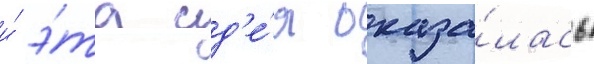
и́ э́та ид'е́я оказа́лась